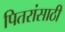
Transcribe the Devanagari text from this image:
पितरांसाठी